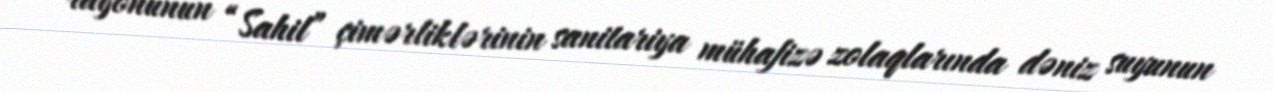
rayonunun “Sahil” çimərliklərinin sanitariya mühafizə zolaqlarında dəniz suyunun